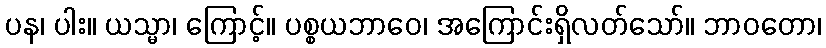
ပန၊ ပါး။ ယသ္မာ၊ ကြောင့်။ ပစ္စယဘာဝေ၊ အကြောင်းရှိလတ်သော်။ ဘာဝတော၊